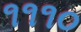
૧૧૧૦